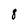
Character: 8